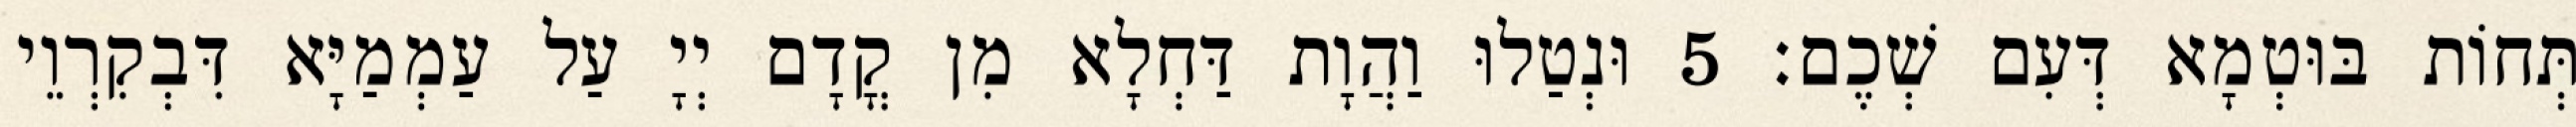
תְּחוֹת בּוּטְמָא דְּעִם שְׁכֶם׃ 5 וּנְטַלוּ וַהֲוָת דַּחְלָא מִן קֳדָם יְיָ עַל עַמְמַיָּא דִּבְקִרְוֵי